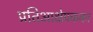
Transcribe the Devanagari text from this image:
प्रतिआक्षेपकका